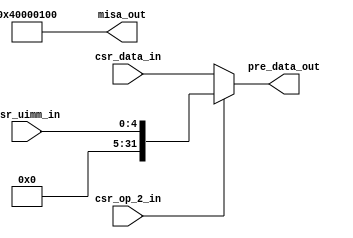
module misa_and_pre_data( input         csr_op_2_in,
                          input  [4:0 ] csr_uimm_in,
                          input  [31:0] csr_data_in,
                          output [31:0] misa_out,pre_data_out
);

   wire [1:0 ] mxl; // machine XLEN
   wire [25:0] mextensions; // ISA extensions


   assign pre_data_out = csr_op_2_in == 1'b1 ? {27'b0, csr_uimm_in} : csr_data_in;

   assign mxl = 2'b01;
   assign mextensions = 26'b00000000000000000100000000;
   assign misa_out = {mxl, 4'b0, mextensions};

endmodule